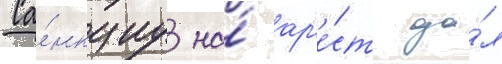
Са́нкциу на́ ар'е́ст да́л